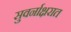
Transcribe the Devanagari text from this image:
सुवर्नाक्षरात